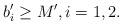
LaTeX: \begin{align*}b_i' \geq M',i=1,2.\end{align*}